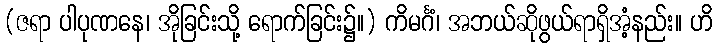
(ဇရာ ပါပုဏနေ၊ အိုခြင်းသို့ ရောက်ခြင်း၌။) ကိမင်္ဂံ၊ အဘယ်ဆိုဖွယ်ရာရှိအံ့နည်း။ ဟိ